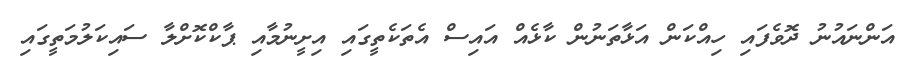
އަންނައުނު ދޮވެފައި ހިއްކަން އަޅާތަނުން ކާޅެއް އައިސް އެތަކެތީގައި އިށީނުމާއި ޕާކްކޮށްލާ ސައިކަލުމަތީގައި